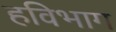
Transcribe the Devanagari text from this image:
हविभाग